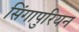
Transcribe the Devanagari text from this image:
सिंगापुरियन